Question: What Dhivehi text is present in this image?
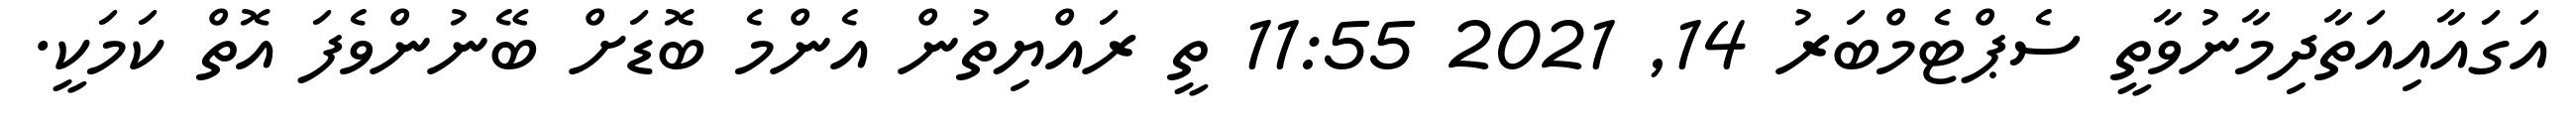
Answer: އަގައާއިއަތާދިމާނުވާތީ ސެޕްޓެމްބަރު 14, 2021 11:55 ތީ ރައްޔިތުން އެންމެ ބޮޑަށް ބޭނުންވެފަ އޮތް ކަމަކީ.